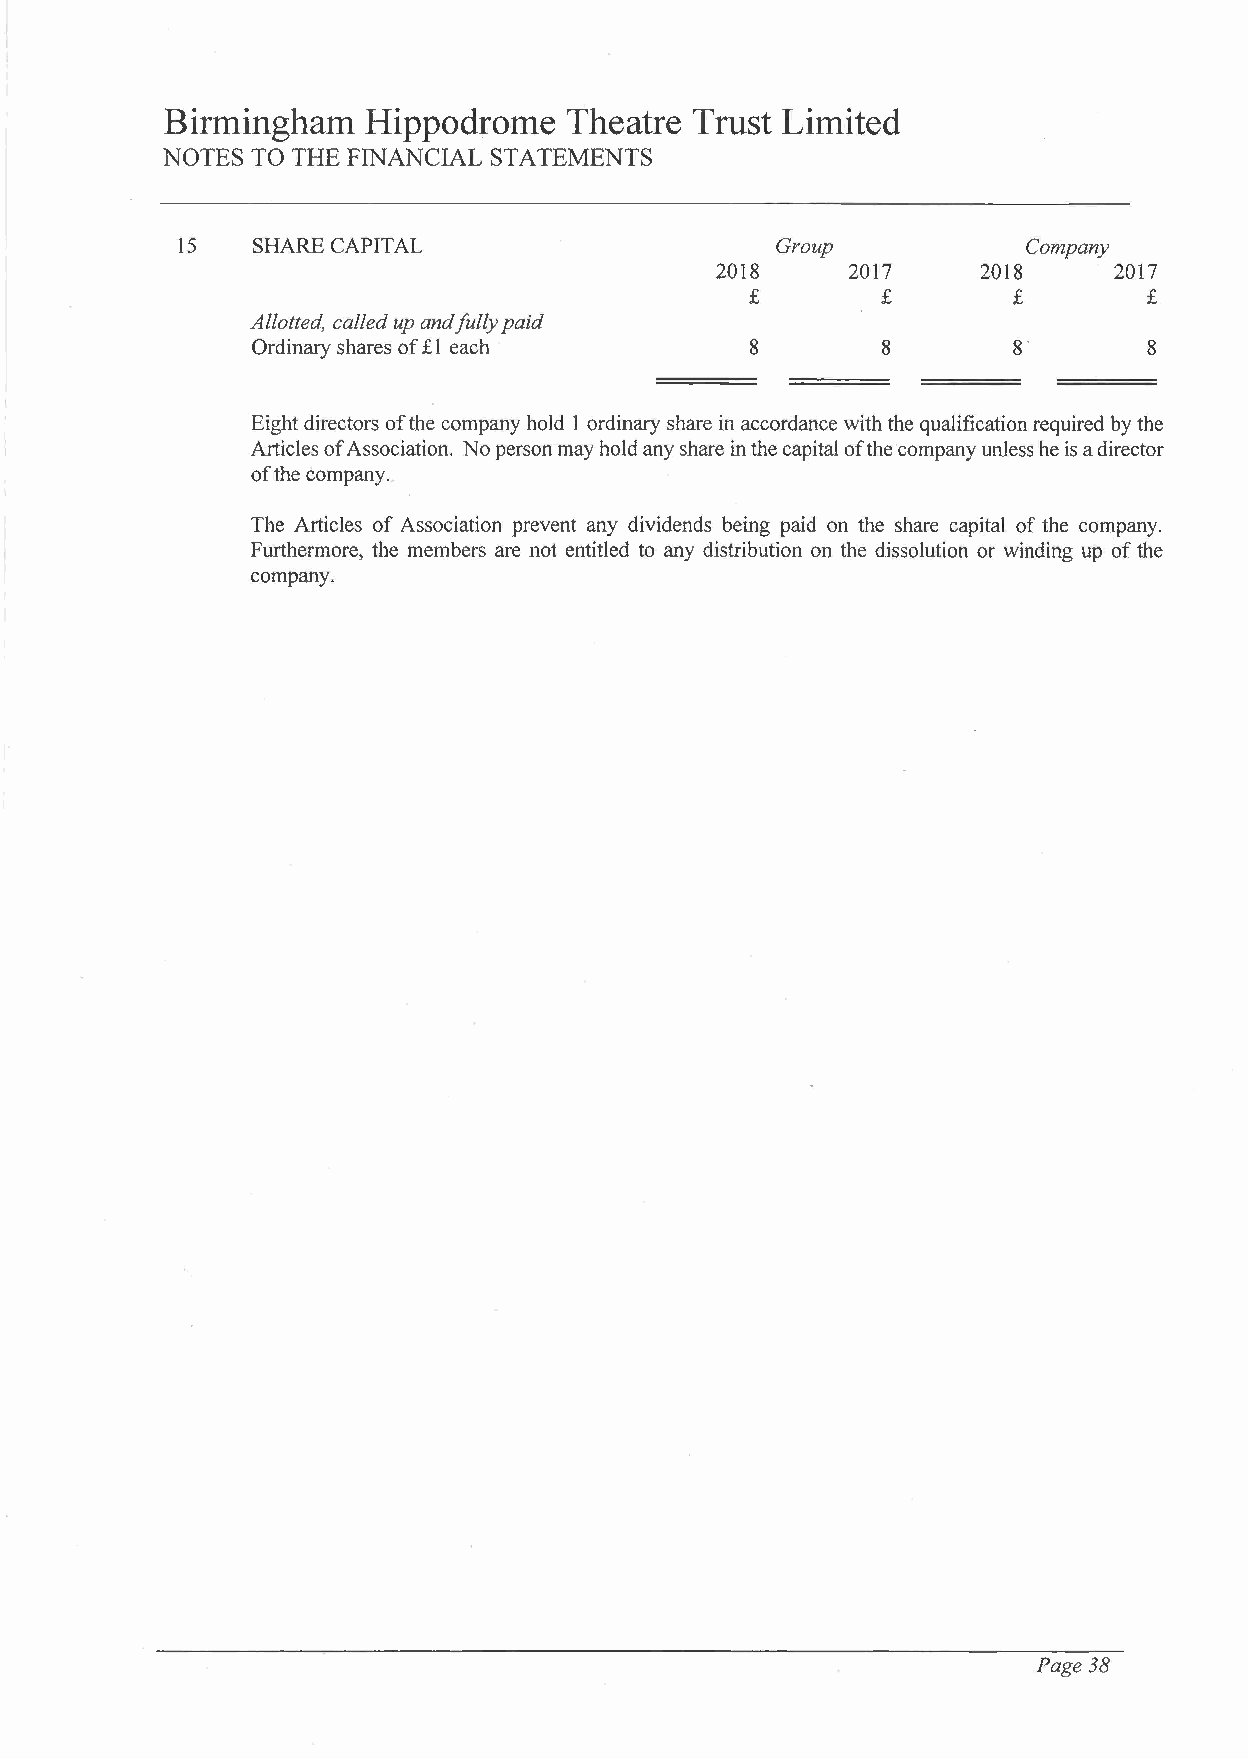
Birmingham   Hippodrome    Theatre Trust Limited
 NOTES TO THE FINANCIAL STATEMENTS
 15   SHARE CAPITAL                     Group            Company
 2018     2017     2018     2017
 £       £        £        £
 Allotted, called up and fully paid
 Ordinary shares of £ 1 each      8       8        8        8
 Eight directors of the company hold 1 ordinary share in accordance with the qualification required by the
 Articles of Association. No person may hold any share in the capital of the company unless he is a director
 of the company __
 The Articles of Association prevent any dividends being paid on the share capital of the company.
 Furthermore, the members are not entitled to any distribution on the dissolution or winding up of the
 company.
 Page 38